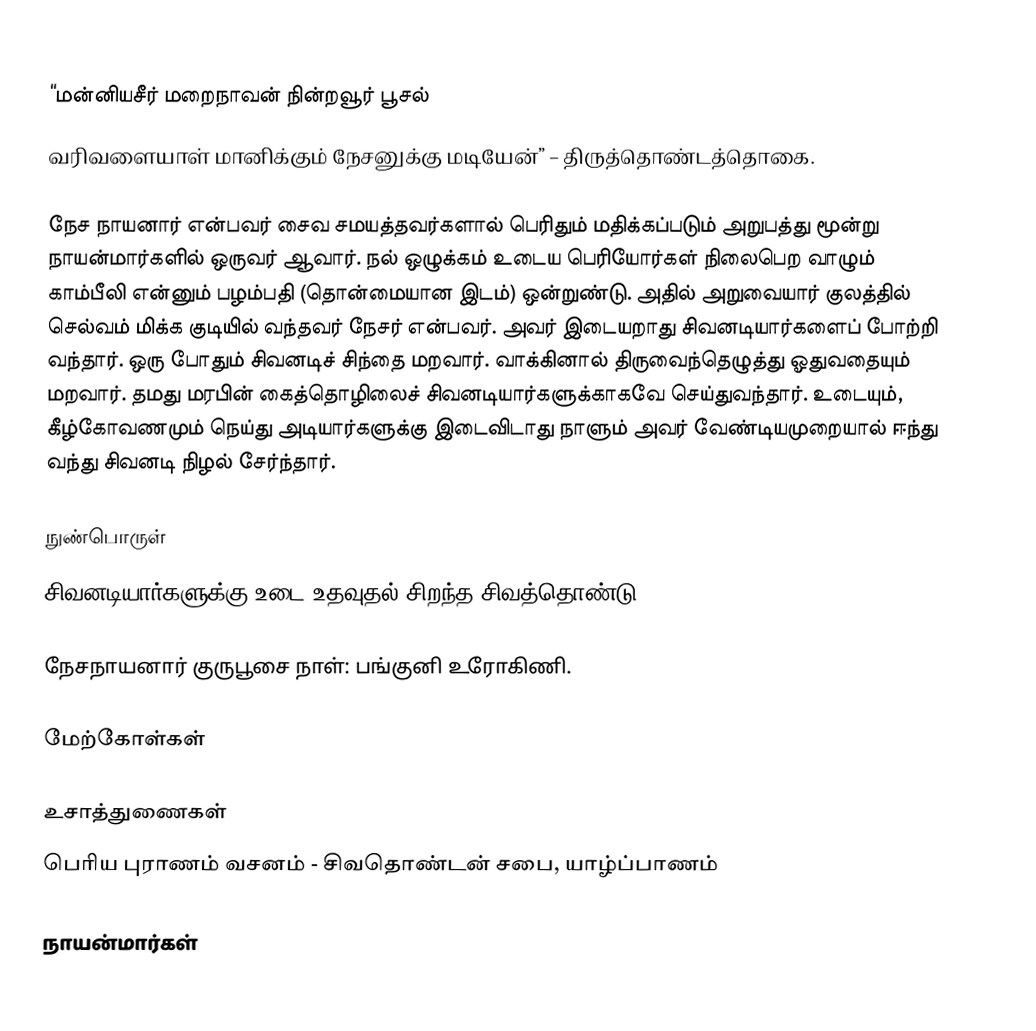
“மன்னியசீர் மறைநாவன் நின்றவூர் பூசல்
வரிவளையாள் மானிக்கும் நேசனுக்கு மடியேன்” – திருத்தொண்டத்தொகை.

நேச நாயனார் என்பவர் சைவ சமயத்தவர்களால் பெரிதும் மதிக்கப்படும் அறுபத்து மூன்று நாயன்மார்களில் ஒருவர் ஆவார். நல் ஒழுக்கம் உடைய பெரியோர்கள் நிலைபெற வாழும் காம்பீலி என்னும் பழம்பதி (தொன்மையான இடம்) ஒன்றுண்டு. அதில் அறுவையார் குலத்தில் செல்வம் மிக்க குடியில் வந்தவர் நேசர் என்பவர். அவர் இடையறாது சிவனடியார்களைப் போற்றி வந்தார். ஒரு போதும் சிவனடிச் சிந்தை மறவார். வாக்கினால் திருவைந்தெழுத்து ஓதுவதையும் மறவார். தமது மரபின் கைத்தொழிலைச் சிவனடியார்களுக்காகவே செய்துவந்தார். உடையும், கீழ்கோவணமும் நெய்து அடியார்களுக்கு இடைவிடாது நாளும் அவர் வேண்டியமுறையால் ஈந்து வந்து சிவனடி நிழல் சேர்ந்தார்.

நுண்பொருள்
சிவனடியார்களுக்கு உடை உதவுதல் சிறந்த சிவத்தொண்டு

நேசநாயனார் குருபூசை நாள்: பங்குனி உரோகிணி.

மேற்கோள்கள்

உசாத்துணைகள்
பெரிய புராணம் வசனம் - சிவதொண்டன் சபை, யாழ்ப்பாணம்

நாயன்மார்கள்